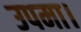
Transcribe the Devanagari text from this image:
उपमा।